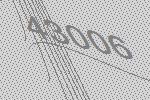
43006